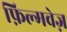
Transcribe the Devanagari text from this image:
फ़िल्मवेज़